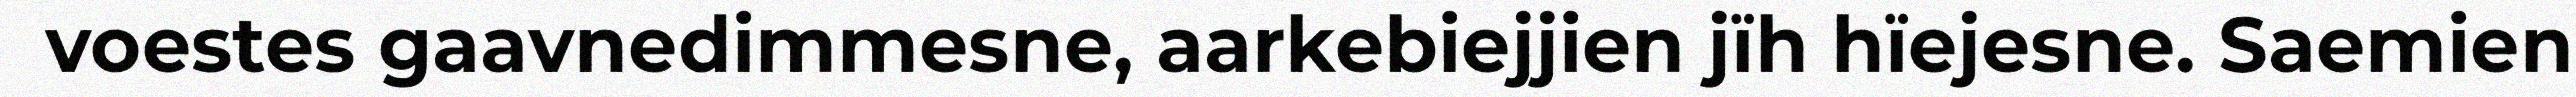
voestes gaavnedimmesne, aarkebiejjien jïh hïejesne. Saemien